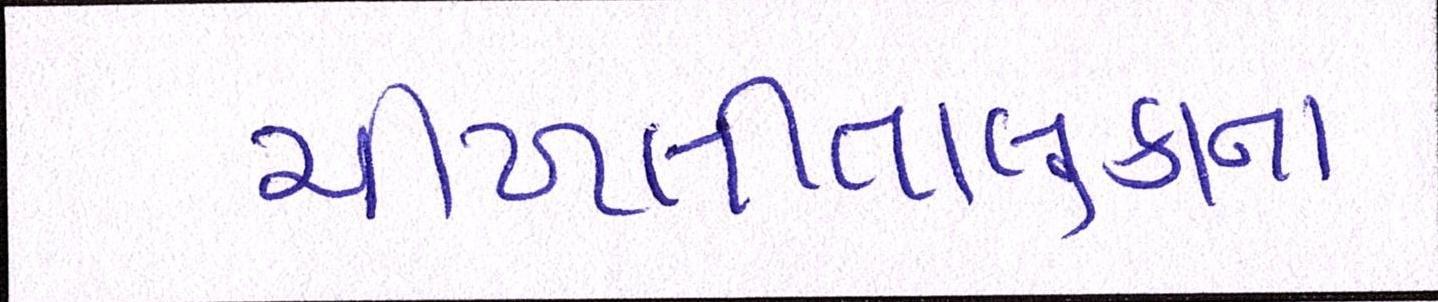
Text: ચીખલીતાલુકાના